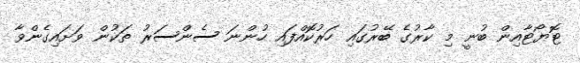
ޓޮޔޯޓާއިން ބުނީ މި ކާރުގެ ބޭރުގައި ހަރުކޮއްފައި ހުންނަ ސެންސަރު ތަކުން ވަށައިގެންވާ